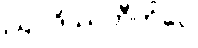
ဩဝဒိဿတီတိပေ